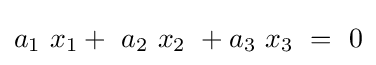
a_{1}\ x_{1}+\ a_{2}\ x_{2}\ +a_{3}\ x_{3}\ =\ 0